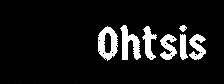
Ohtsis